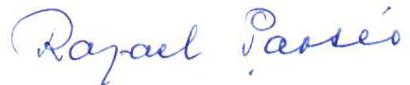
Rafael Paasio